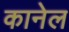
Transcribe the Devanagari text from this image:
कानेल